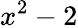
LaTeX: x^{2}-2